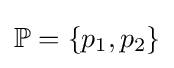
\mathbb {P} =\{p_{1},p_{2}\}